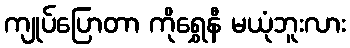
ကျုပ်ပြောတာ ကိုရွှေနီ မယုံဘူးလား